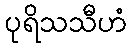
ပုရိသသီဟံ